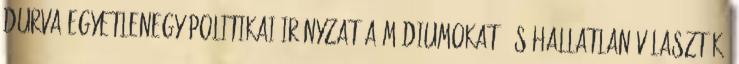
durva egyetlenegy politikai irányzat a médiumokat, és hallatlan választék: